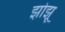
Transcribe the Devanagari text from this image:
झोझू